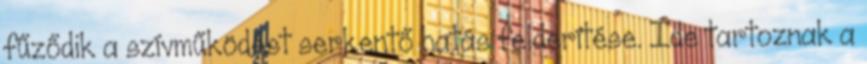
fűződik a szívműködést serkentő hatás felderítése. Ide tartoznak a